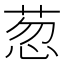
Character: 䓤